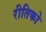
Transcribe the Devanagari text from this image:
रीतिको